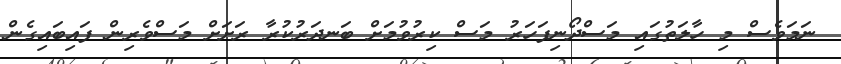
ނަމަވެސް މި ހާލަތުގައި މަސްދޯނިފަހަރު މަސް ކިރުވުމަށް ބަނދަރުކުރާ ރަށަށް މަސްވެރިން ފައިބައިގެން